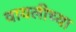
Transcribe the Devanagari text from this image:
वायलीच्या